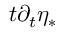
t \partial _ { t } \eta _ { * }